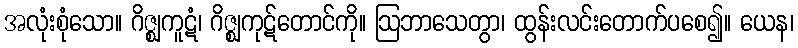
အလုံးစုံသော။ ဂိဇ္ဈကူဋံ၊ ဂိဇ္ဈကုဋ်တောင်ကို။ ဩဘာသေတွာ၊ ထွန်းလင်းတောက်ပစေ၍။ ယေန၊